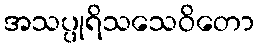
အသပ္ပုရိသသေဝိတော